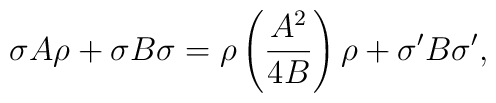
\sigma A\rho +\sigma B\sigma = \rho\left({A^2\over 4B}\right)\rho +                                 \sigma' B\sigma',